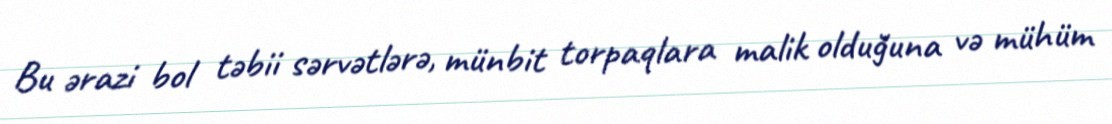
Bu ərazi bol təbii sərvətlərə, münbit torpaqlara malik olduğuna və mühüm